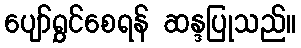
ပျော်ရွှင်စေရန် ဆန္ဒပြုသည်။